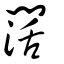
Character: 闊